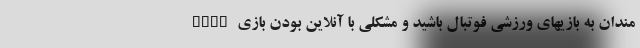
مندان به بازیهای ورزشی فوتبال باشید و مشکلی با آنلاین بودن بازی FIFA